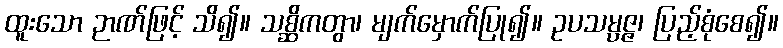
ထူးသော ဉာဏ်ဖြင့် သိ၍။ သစ္ဆိကတွာ၊ မျက်မှောက်ပြု၍။ ဥပသမ္ပဇ္ဇ၊ ပြည့်စုံစေ၍။